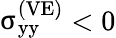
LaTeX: {\upsigma}_{\mathrm{yy}}^{\left(\mathrm{VE}\right)}<0